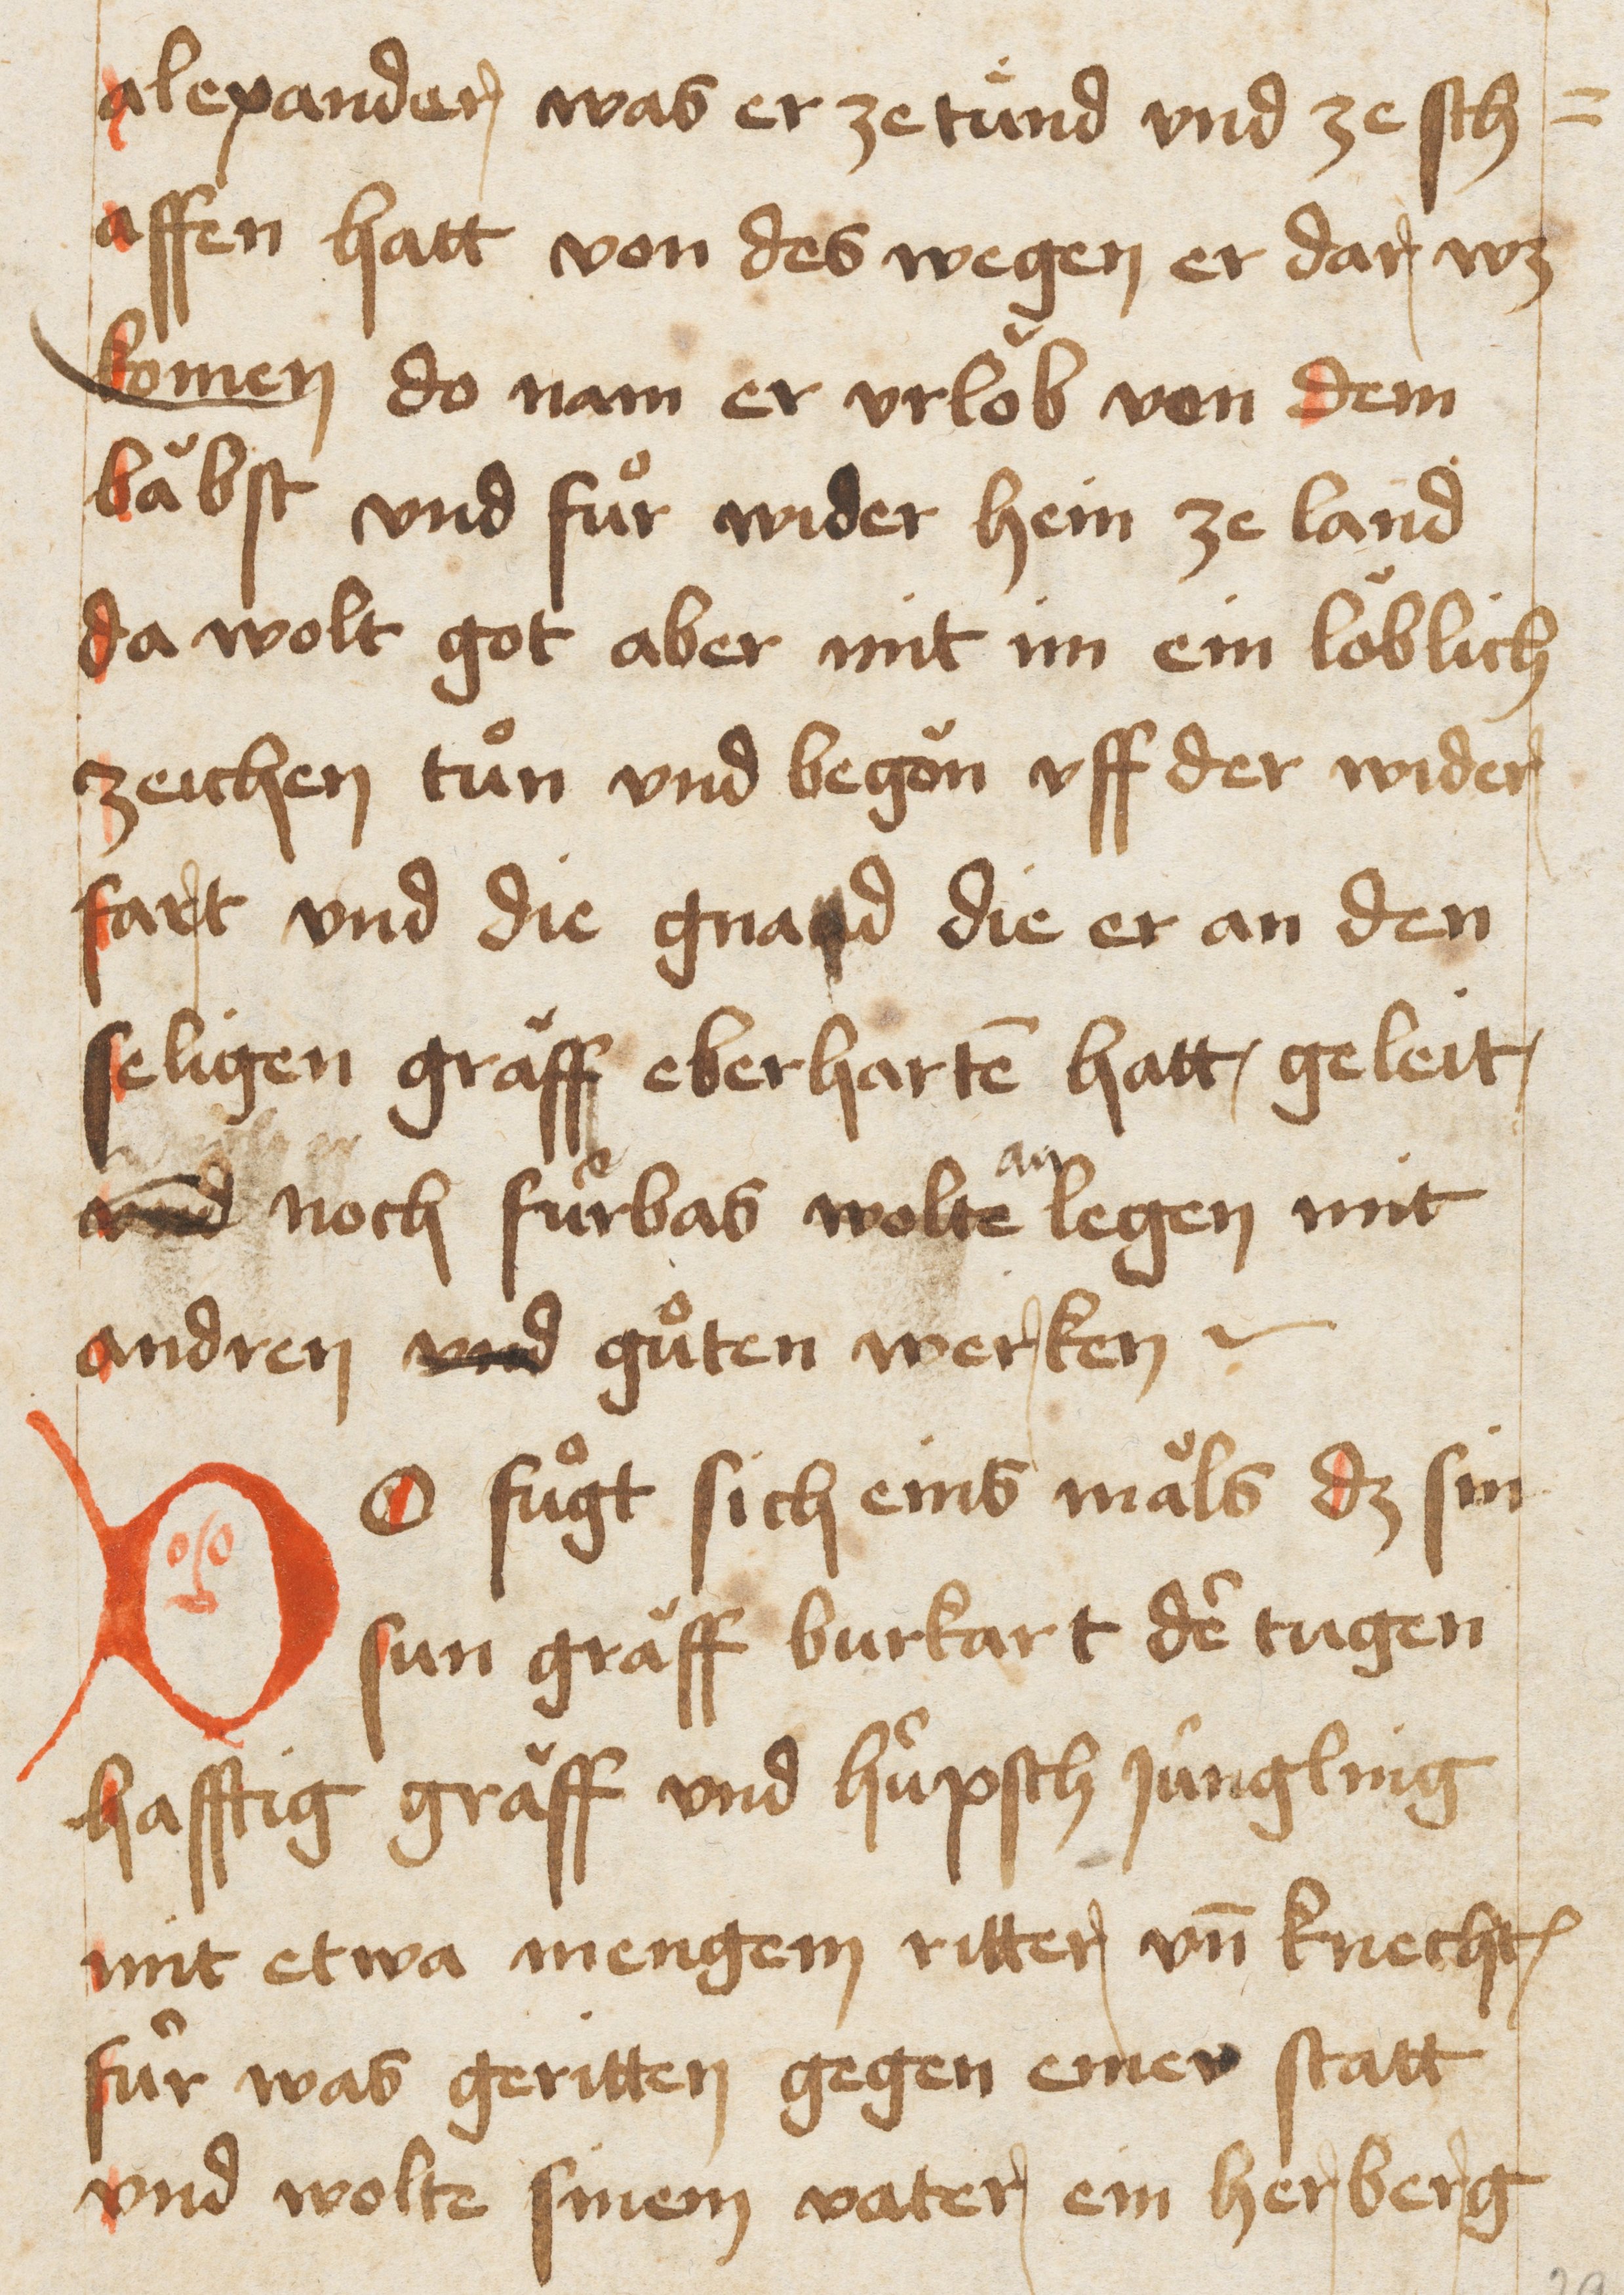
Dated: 1467–1467